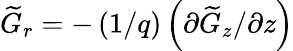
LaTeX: \widetilde{G}_{r}=-\left(1/q\right)\left(\partial\widetilde{G}_{z}/\partial z\right)